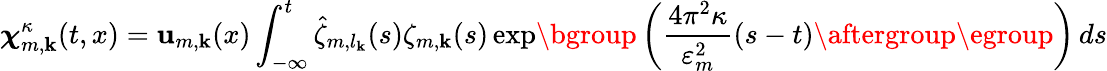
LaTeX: {\boldsymbol{\chi}}_{m,\mathbf{k}}^{\kappa}(t,x)=\mathbf{{u}}_{m,\mathbf{k}}(x)\int_{-\infty}^{t}\hat{{\zeta}}_{m,l_{\mathbf{k}}}(s)\zeta_{m,\mathbf{k}}(s)\exp\mathopen{}\mathclose\bgroup\left(\frac{{4\pi^{2}\kappa}}{{\varepsilon_{m}^{2}}}(s-t)\aftergroup\egroup\right)\, ds